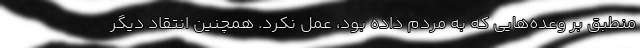
منطبق بر وعده‌هایی که به مردم داده بود، عمل نکرد. همچنین انتقاد دیگر